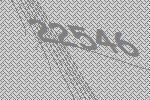
22546